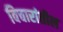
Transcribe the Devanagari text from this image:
विचारांतील